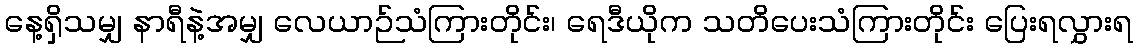
နေ့ရှိသမျှ နာရီနဲ့အမျှ လေယာဉ်သံကြားတိုင်း၊ ရေဒီယိုက သတိပေးသံကြားတိုင်း ပြေးရလွှားရ